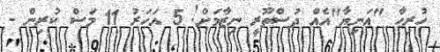
ހުރިހާ "އަނިޔާ"އެއް ދުސްތޫރީ ނިޒާމަށް! 5 އަހަރު 11 މަސް ކުރިން -